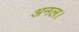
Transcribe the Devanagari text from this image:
अनल।